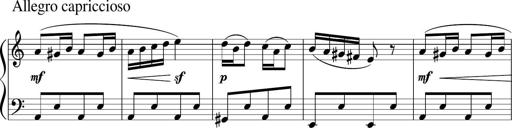
Title: 4 Sonatinas
Composer: Jacob Schmitt